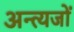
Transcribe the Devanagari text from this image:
अन्त्यजों